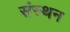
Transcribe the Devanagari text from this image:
संस्थन